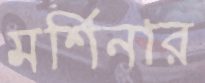
মর্শিনার